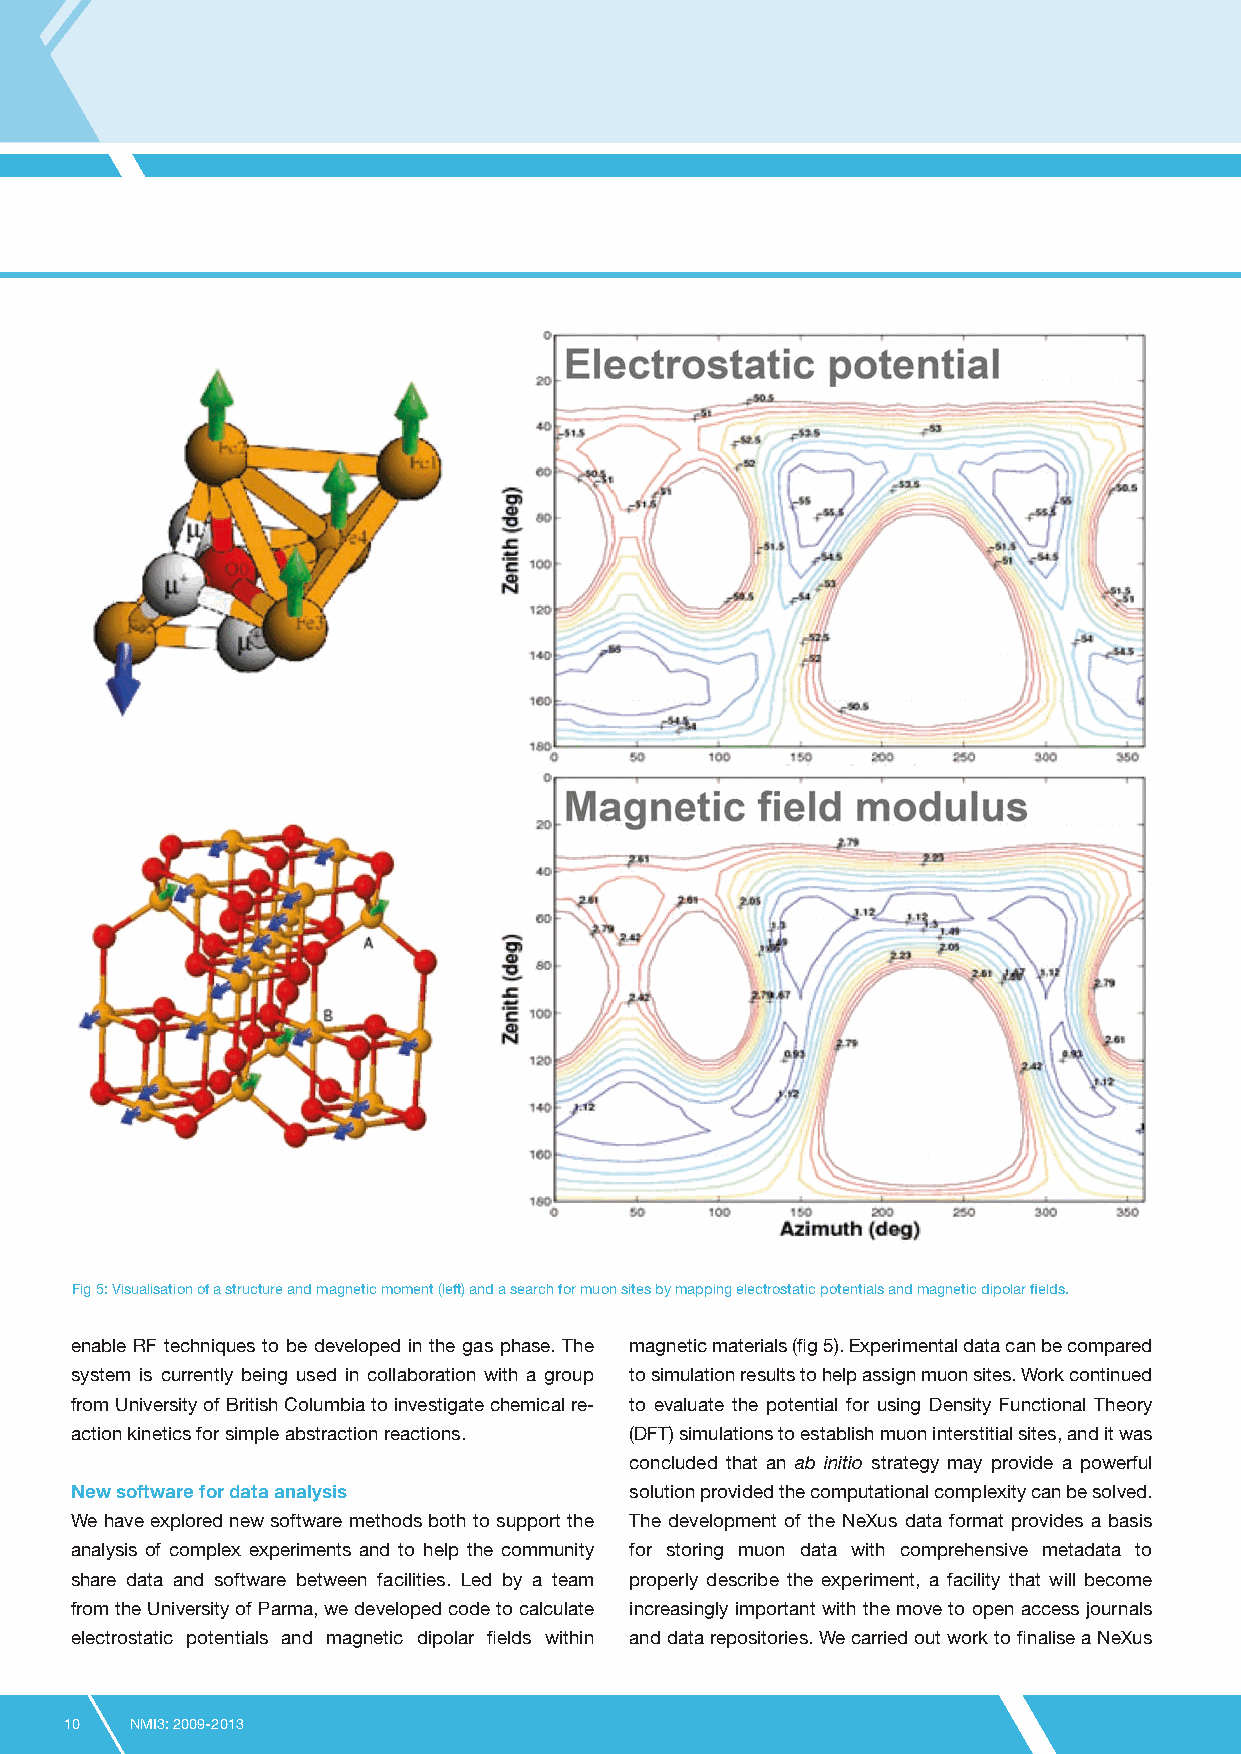
Fig 5: Visualisation of a structure and magnetic moment (left) and a search for muon sites by mapping electrostatic potentials and magnetic dipolar fields.
 enable RF techniques to be developed in the gas phase. The magnetic materials (fig 5). Experimental data can be compared
 system is currently being used in collaboration with a group to simulation results to help assign muon sites. Work continued
 from University of British Columbia to investigate chemical re- to evaluate the potential for using Density Functional Theory
 action kinetics for simple abstraction reactions. (DFT) simulations to establish muon interstitial sites, and it was
 concluded that an ab initio strategy may provide a powerful
 New software for data analysis       solution provided the computational complexity can be solved.
 We have explored new software methods both to support the The development of the NeXus data format provides a basis
 analysis of complex experiments and to help the community for storing muon data with comprehensive metadata to
 share data and software between facilities. Led by a team properly describe the experiment, a facility that will become
 from the University of Parma, we developed code to calculate increasingly important with the move to open access journals
 electrostatic potentials and magnetic dipolar fields within and data repositories. We carried out work to finalise a NeXus
 10   NMI3: 2009-2013